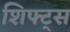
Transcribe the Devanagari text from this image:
शिफ्ट्स